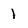
Character: 1